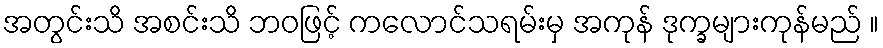
အတွင်းသိ အစင်းသိ ဘဝဖြင့် ကလောင်သရမ်းမှ အကုန် ဒုက္ခများကုန်မည် ။